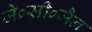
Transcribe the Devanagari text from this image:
जे०सी०जैन